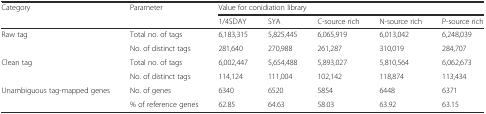
<table><thead><tr><td rowspan="2"><b>Category</b></td><td rowspan="2"><b>Parameter</b></td><td colspan="5"><b>Value for conidiation library</b></td></tr><tr><td><b>1/4SDAY</b></td><td><b>SYA</b></td><td><b>C-source rich</b></td><td><b>N-source rich</b></td><td><b>P-source rich</b></td></tr></thead><tbody><tr><td rowspan="2">Raw tag</td><td>Total no. of tags</td><td>6,183,315</td><td>5,825,445</td><td>6,065,919</td><td>6,013,042</td><td>6,248,039</td></tr><tr><td>No. of distinct tags</td><td>281,640</td><td>270,988</td><td>261,287</td><td>310,019</td><td>284,707</td></tr><tr><td rowspan="2">Clean tag</td><td>Total no. of tags</td><td>6,002,447</td><td>5,654,488</td><td>5,893,027</td><td>5,810,564</td><td>6,062,673</td></tr><tr><td>No. of distinct tags</td><td>114,124</td><td>111,004</td><td>102,142</td><td>118,874</td><td>113,434</td></tr><tr><td rowspan="2">Unambiguous tag-mapped genes</td><td>No. of genes</td><td>6340</td><td>6520</td><td>5854</td><td>6448</td><td>6371</td></tr><tr><td>% of reference genes</td><td>62.85</td><td>64.63</td><td>58.03</td><td>63.92</td><td>63.15</td></tr></tbody></table>